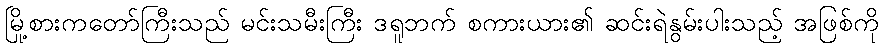
မြို့စားကတော်ကြီးသည် မင်းသမီးကြီး ဒရူဘက် စကားယား၏ ဆင်းရဲနွမ်းပါးသည့် အဖြစ်ကို